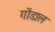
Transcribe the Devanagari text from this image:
गोंडाल